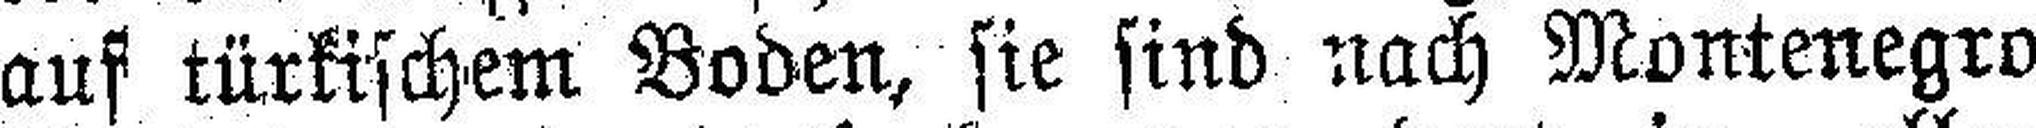
auf türkischem Boden, sie sind nach Montenegro